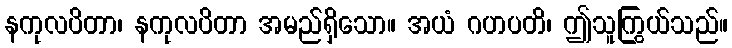
နကုလပိတာ၊ နကုလပိတာ အမည်ရှိသော။ အယံ ဂဟပတိ၊ ဤသူကြွယ်သည်။